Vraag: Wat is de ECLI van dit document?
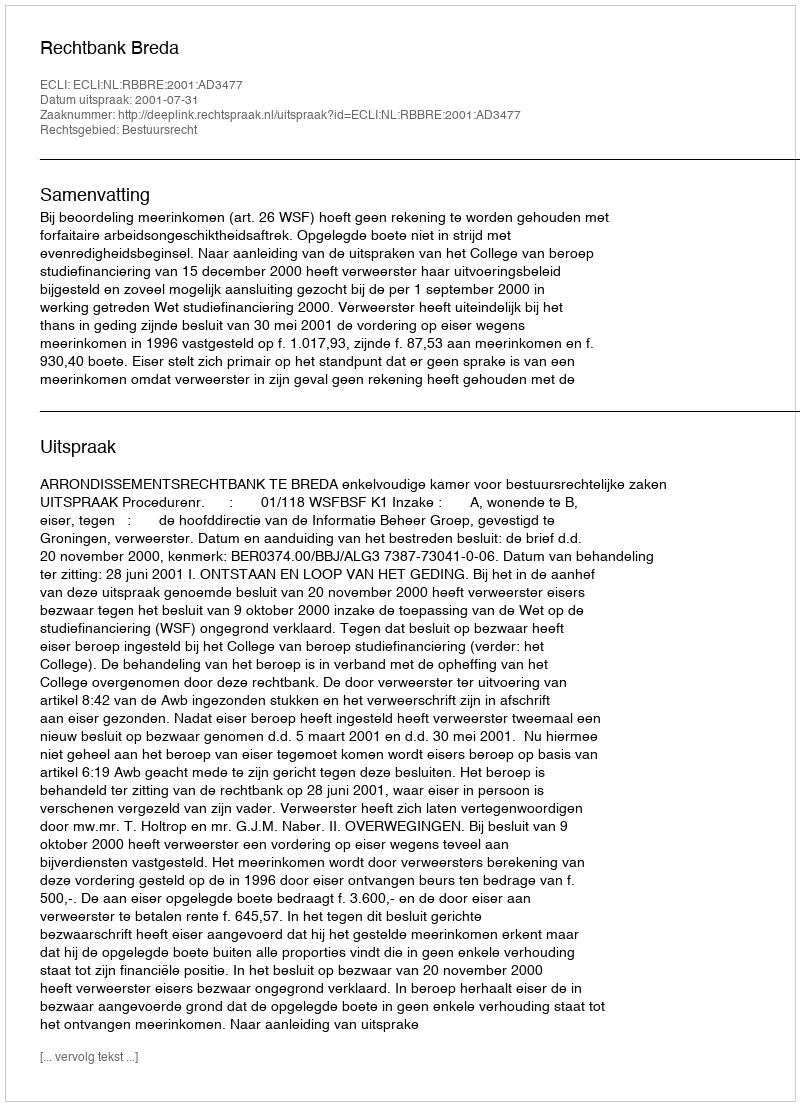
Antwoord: ECLI:NL:RBBRE:2001:AD3477